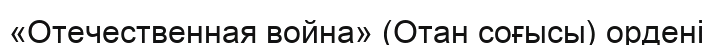
«Отечественная война» (Отан соғысы) ордені